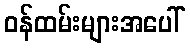
ဝန်ထမ်းများအပေါ်